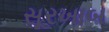
સૂરખાબ